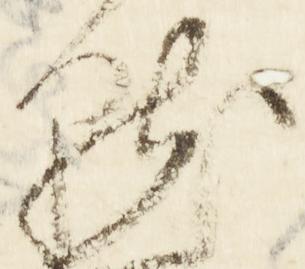
点